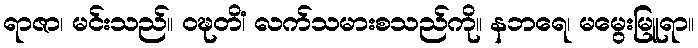
ရာဇာ၊ မင်းသည်။ ဝဍ္ဎတိံ၊ လက်သမားစသည်ကို။ နဘရေ၊ မမွေးမြူရာ။